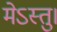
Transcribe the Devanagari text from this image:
मेऽस्तु।